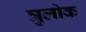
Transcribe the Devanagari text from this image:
त्रुलोक